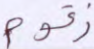
زقوم